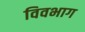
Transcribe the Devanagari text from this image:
विवभाग